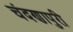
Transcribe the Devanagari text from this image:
चंदणापुरी